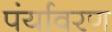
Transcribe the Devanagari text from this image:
पंर्यावरण